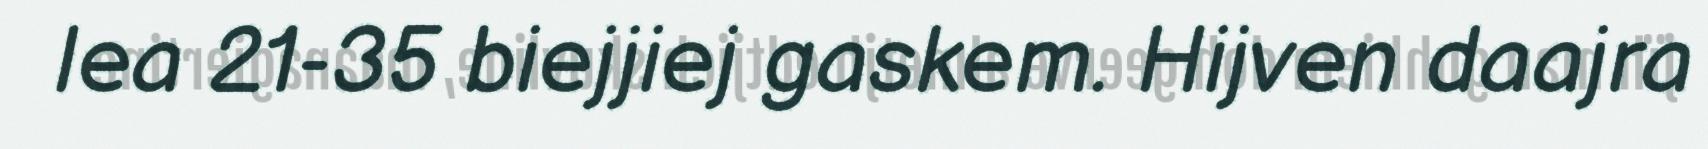
lea 21-35 biejjiej gaskem. Hijven daajra